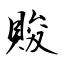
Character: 賐